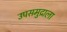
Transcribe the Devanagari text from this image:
उपसमुद्राला